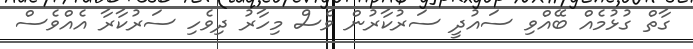
ގާތް ގުޅުމެއް ބޭއްވި ސައުދީ ސަރުކާރުން ވެސް މިހާރު ދިވެހި ސަރުކާރާ އެއްވެސް